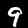
Label: 9